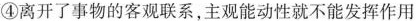
④离开了事物的客观联系，主观能动性就不能发挥作用